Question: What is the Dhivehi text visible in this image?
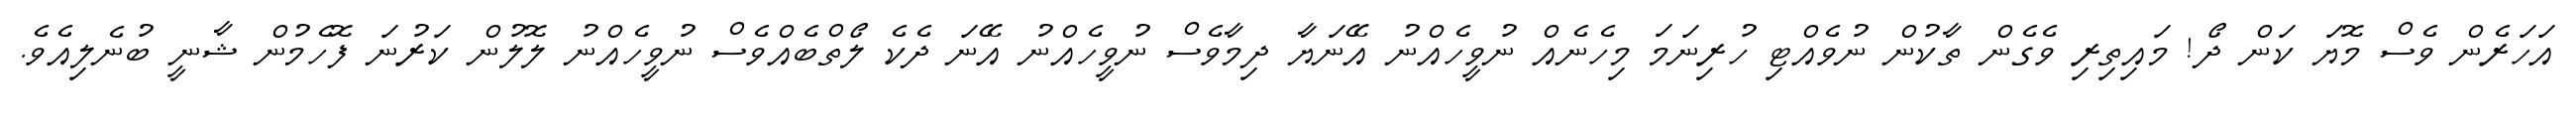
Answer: އަހަރެން ވެސް މޮޔަ ކަން ދޯ! މައިތިރި ވެގެން ތާކުން ނުވެއްޓި ހުރިނަމަ މިހެނެއް ނުވީހެއްނު އޭނަޔާ ދިމާވެސް ނުވީހެއްނު އޭނަ ދެކެ ލޯތްބެއްވެސް ނުވީހެއްނު ލޮލުން ކަރުނަ ފޮހެމުން ޝާނީ ބުނެލިއެވެ.